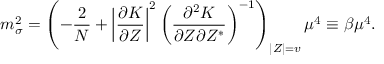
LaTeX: m _ { \sigma } ^ { 2 } = \left( - \frac { 2 } { N } + \left| \frac { \partial K } { \partial Z } \right| ^ { 2 } \left( \frac { \partial ^ { 2 } K } { \partial Z \partial Z ^ { * } } \right) ^ { - 1 } \right) _ { \left| Z \right| = v } \mu ^ { 4 } \equiv \beta \mu ^ { 4 } .